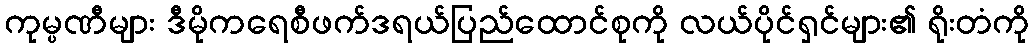
ကုမ္ပဏီများ ဒီမိုကရေစီဖက်ဒရယ်ပြည်ထောင်စုကို လယ်ပိုင်ရှင်များ၏ ရိုးတံကို